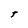
Character: t